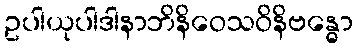
ဥပါယုပါဒါနာဘိနိဝေသဝိနိဗန္ဓော